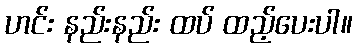
ဟင်း နည်းနည်း ထပ် ထည့်ပေးပါ။